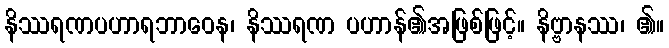
နိဿရဏပဟာရဘာဝေန၊ နိဿရဏ ပဟာန်၏အဖြစ်ဖြင့်။ နိဗ္ဗာနဿ၊ ၏။